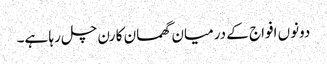
دونوں افواج کے درمیان گھمسان کا رن چل رہا ہے۔